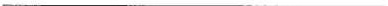
___